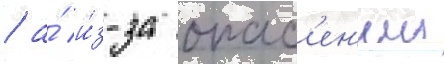
/ а́ и́з-за опас'ен'ии